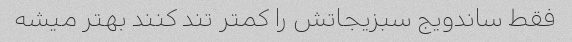
فقط ساندویج سبزیجاتش را کمتر تند کنند بهتر میشه